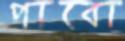
পাবো